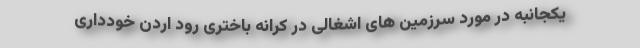
یکجانبه در مورد سرزمین های اشغالی در کرانه باختری رود اردن خودداری